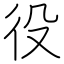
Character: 役